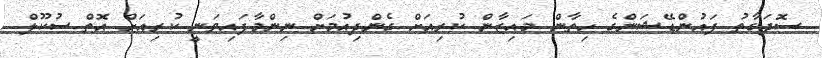
ސޮދަގާތު ފައުންޑޭޝަންގެ ހިތާން މައިޒާން ކުރިއަށް ގެންދިއުމަށް ނިންމާފައިވަނީ ކުރިއަށް އޮތް ސުކޫލް